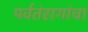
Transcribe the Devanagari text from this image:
पर्वतंरागांचा